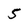
Character: 5